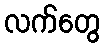
လက်တွေ